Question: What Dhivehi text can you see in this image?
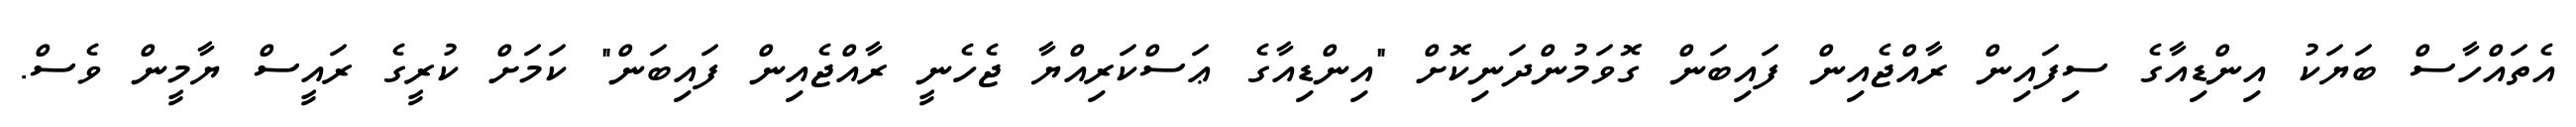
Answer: އެތައްހާސް ބަޔަކު އިންޑިއާގެ ސިފައިން ރާއްޖެއިން ފައިބަން ގޮވަމުންދަނިކޮށް "އިންޑިއާގެ ޢަސްކަރިއްޔާ ޖެހެނީ ރާއްޖެއިން ފައިބަން" ކަމަށް ކުރީގެ ރައީސް ޔާމީން ވެސް.